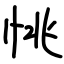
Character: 恌